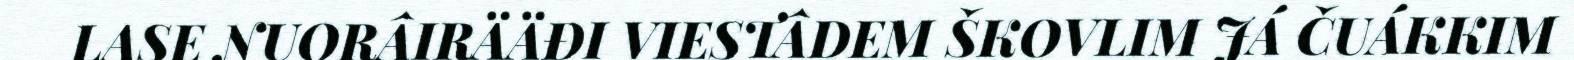
LASE NUORÂIRÄÄĐI VIESTÂDEM ŠKOVLIM JÁ ČUÁKKIM